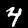
Label: 4